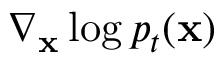
\nabla _ { \mathbf { x } } \log p _ { t } ( \mathbf { x } )